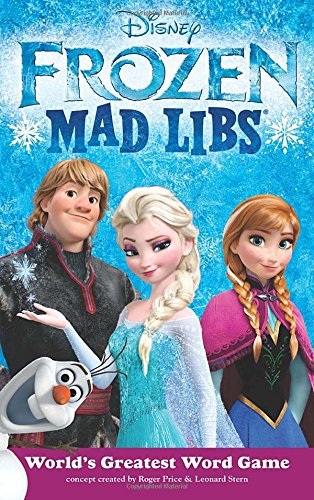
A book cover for Frozen Mad Libs; Price Stern Sloan; Children's Books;